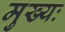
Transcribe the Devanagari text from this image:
मुख्यः